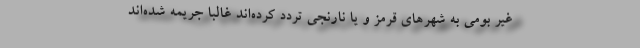
غیر بومی به شهر‌های قرمز و یا نارنجی تردد کرده‌اند غالبا جریمه شده‌اند